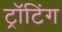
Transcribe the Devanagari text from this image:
ट्रॉटिंग